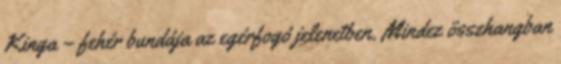
Kinga – fehér bundája az egérfogó jelenetben. Mindez összhangban